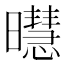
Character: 㬩